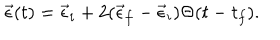
\vec { \epsilon } ( t ) = \vec { \epsilon } _ { i } + 2 ( \vec { \epsilon } _ { f } - \vec { \epsilon } _ { i } ) \Theta ( t - t _ { f } ) .